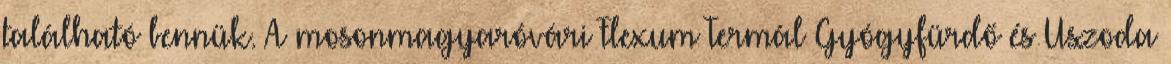
található bennük. A mosonmagyaróvári Flexum Termál Gyógyfürdő és Uszoda